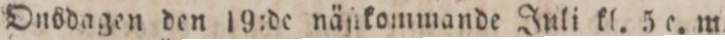
Onsdagen den 19:de näſikommande Juli kl. 5 e. m.